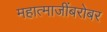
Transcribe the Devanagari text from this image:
महात्माजींबरोबर